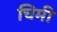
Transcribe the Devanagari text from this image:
चिमी